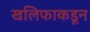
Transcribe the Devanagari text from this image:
खलिफाकडून